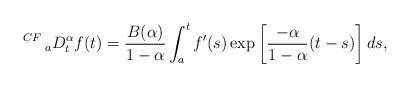
LaTeX: \begin{align*}\,^{CF}\,_{a}D^{\alpha}_{t} f(t)=\dfrac{B(\alpha)}{1-\alpha} \int_{a}^{t} f'(s) \exp \left[ \dfrac{-\alpha}{1-\alpha}(t-s)\right]ds, \end{align*}